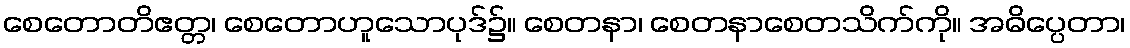
စေတောတိဧတ္တ၊ စေတောဟူသောပုဒ်၌။ စေတနာ၊ စေတနာစေတသိက်ကို။ အဓိပ္ပေတာ၊